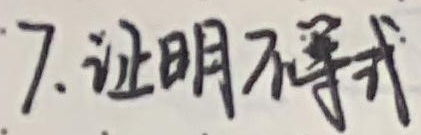
7. 证明不等式